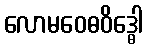
လောမဝေဓဝိဒ္ဓေါ